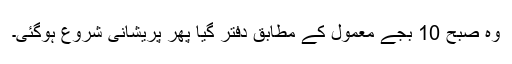
وہ صبح 10 بجے معمول کے مطابق دفتر گیا پھر پریشانی شروع ہوگئی۔